Riigikantselei, lk 19
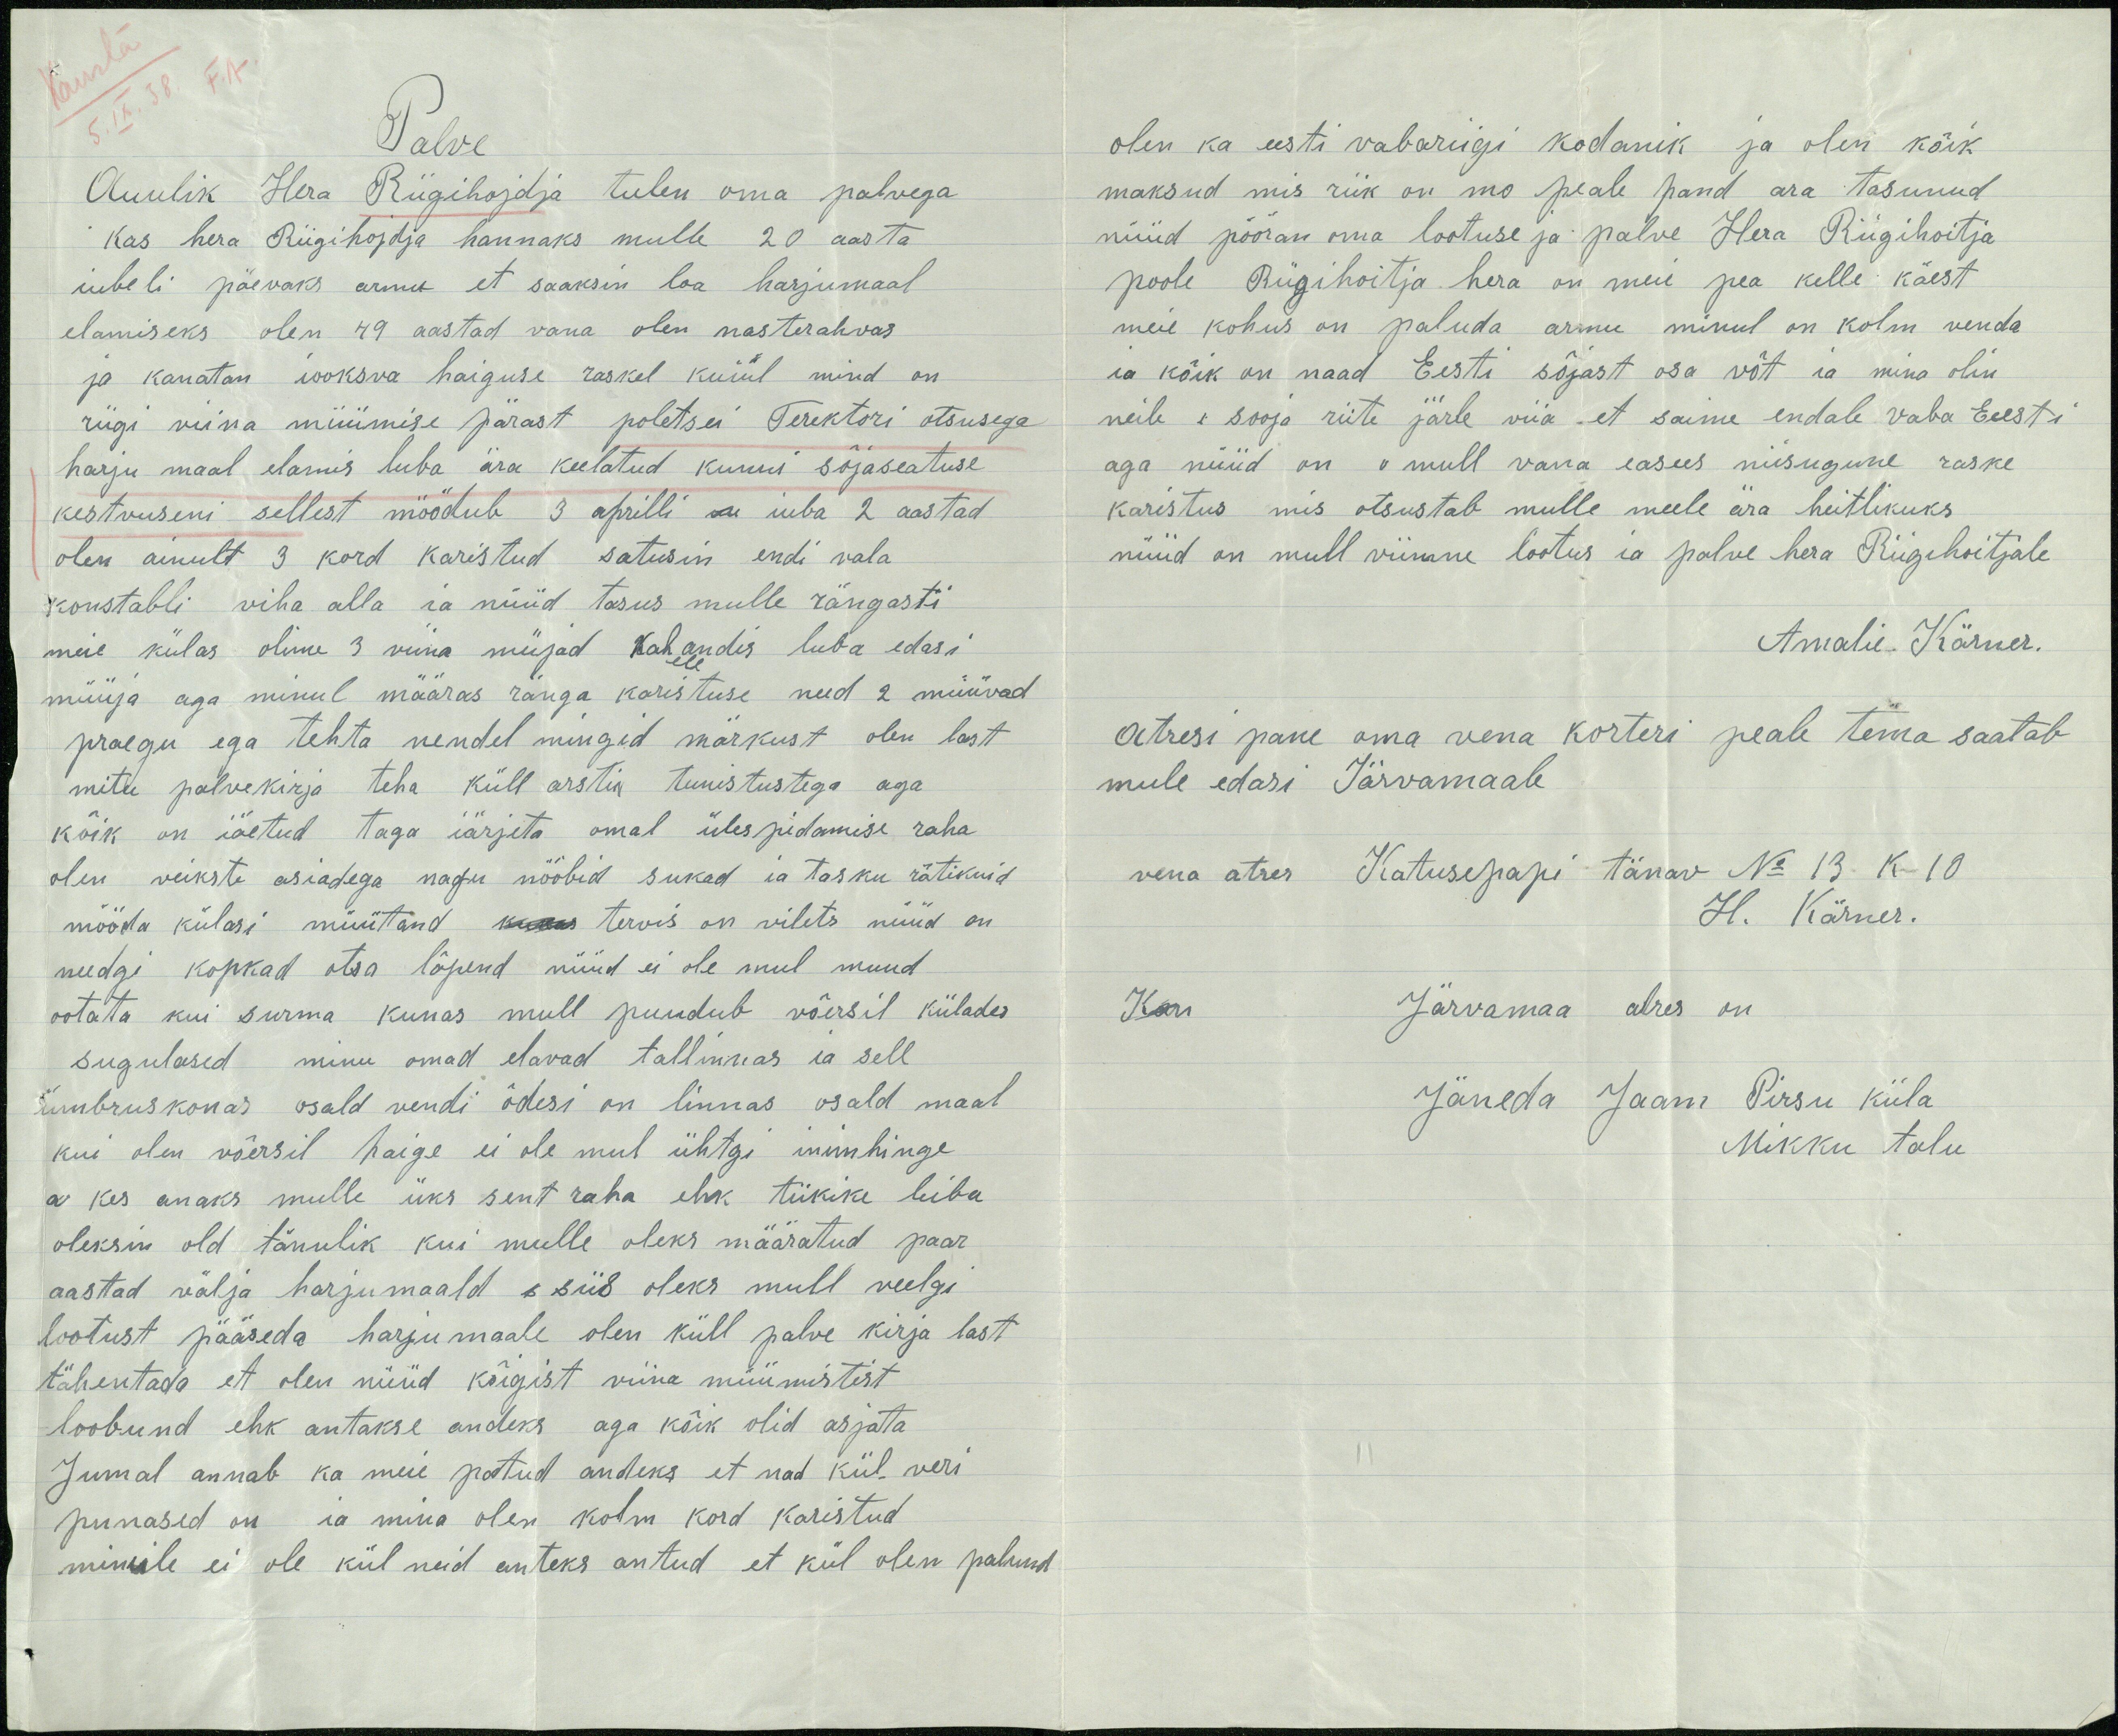
Palve
Auulik Hera Riigihoidja tulen oma palvega
Kas hera Riigihojdja hannaks mulle 20 aasta
iubeli päevaks armu et saaksin loa harjumaal
elamiseks olen 49 aastad vana olen nasterahvas
ja kanatan iooksva haiguse raskel kuiul mind on
riigi viina müümise pärast poletsei Terektori otsusega
harju maal elamis luba ära keelatud kunni sõjaseatuse
kestvuseni sellest möödub 3 aprilli sa iuba 2 aastad
olen ainult 3 kord karistud satusin endi vala
konstabli viha alla ja nüüd tasus mulle rängasti
meie külas olime 3 viina müjad kahandis luba edasi
müüja aga minul määras ränga karistuse need 2 müüvad
praegu ega tehta nendel mingid märkust olen last
mitu palvekirja teha küll arsti tunistustega aga
kõik on iäetud taga iärjeta omal ülespidamise raha
olen veikste asiadega nagu nööbid sukad ja tasku rätikuid
mööda külasi müütand kunas tervis on vilets nüüd on
needgi kopkad otsa lõpend nüüd ei ole mul muud
ootata kui surma kunas mull puudub võersil külades
sugulased minu omad elavad tallinnas ia sell
ümbruskonas osald vendi õdesi on linnas osald maal
kui olen võersil haige ei ole mul ühtgi inimhinge
a kes anaks mulle üks sent raha ehk tükike leiba
oleksin old tänulik kui mulle oleks määratud paar
aastad välja harjumaald s siis oleks mull veelgi
lootust pääseda harjumaale olen küll palve kirja last
tähentada et olen nüüd kõigist viina müümistist
loobund ehk antakse andeks aga kõik olid asjata
Jumal annab ka meie pattud andeks et nad kül veri
punased on ia mina olen kolm kord karistud
minule ei ole kül neid anteks antud et kül olen palund

olen ka eesti vabariigi kodanik ja olen kõik
maksud mis riik on mo peale pand ara tasunud
nüüd pööran oma lootuse ja palve Hera Riigihoitja
poole Riigihoitja hera on meie pea kelle käest
meie kohus on paluda armu minul on kolm venda
ia kõik on naad Eesti sõjast osa võt ja mina olin
neile i sooja riite järle viia, et saime endale vaba Eeesti
aga nüüd on v mull vana easees niisugune raske
karistus mis otsustab mulle meele ära heitlikuks
nüüd on mull viimne lootus ja palve hera Riigihoitjale
Amalie Kärner.
Atresi pane oma vena korteri peale tema saatab
mule edasi Järvamaale
vena atres Katusepapi tänav No 13 k 10
H. Kärner.
Kori
Järvamaa atres on
Jäneda Jaam Pirsu küla
Mikku talu